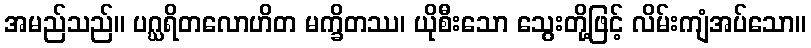
အမည်သည်။ ပဂ္ဃရိတလောဟိတ မက္ခိတဿ၊ ယိုစီးသော သွေးတို့ဖြင့် လိမ်းကျံအပ်သော။